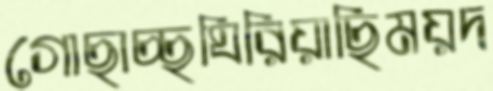
গোছাচ্ছঘিরিয়াছিময়দ